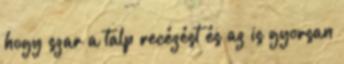
hogy szar a talp recézést és az is gyorsan